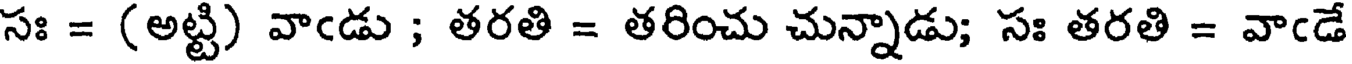
సః = (అట్టి) వాఁడు ; తరతి = తరించు చున్నాడు; సః తరతి = వాఁడే